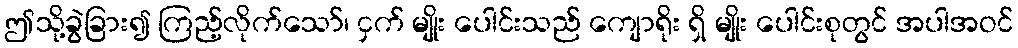
ဤသို့ခွဲခြား၍ ကြည့်လိုက်သော်၊ ငှက် မျိုး ပေါင်းသည် ကျောရိုး ရှိ မျိုး ပေါင်းစုတွင် အပါအဝင်